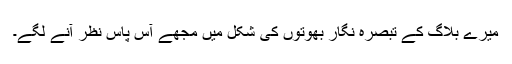
میرے بلاگ کے تبصرہ نگار بھوتوں کی شکل میں مجھے آس پاس نظر آنے لگے۔